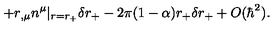
+ r _ { , \mu } n ^ { \mu } | _ { r = r _ { + } } \delta r _ { + } - 2 \pi ( 1 - \alpha ) r _ { + } \delta r _ { + } + O ( \hbar ^ { 2 } ) .